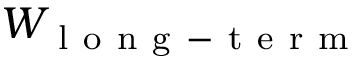
W _ { \mathrm { ~ l ~ o ~ n ~ g ~ - ~ t ~ e ~ r ~ m ~ } }